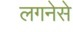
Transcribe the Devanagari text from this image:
लगनेसे